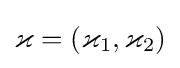
\varkappa =(\varkappa _{1},\varkappa _{2})